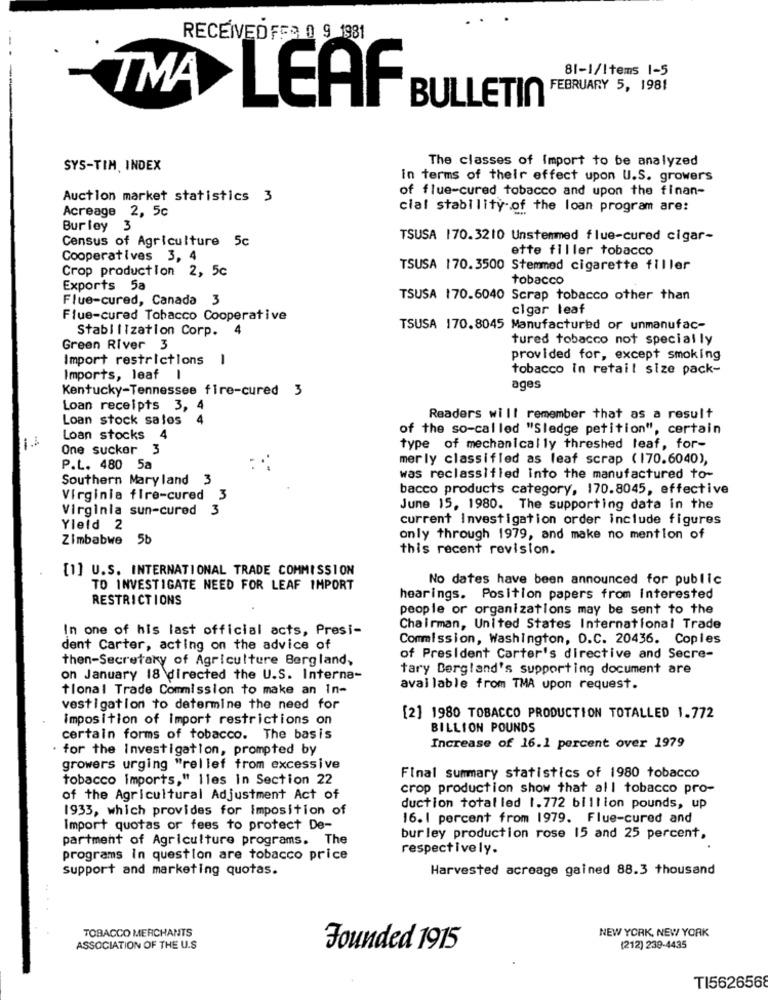
RECEIVED F53 0 9 1981
81-1/Items 1-5
BULLETIN FEBRUARY 5, 1981
TMA LEAF
The classes of Import to be analyzed
SYS-TIM, INDEX
in terms of their effect upon U.S. growers
of flue-cured tobacco and upon the finan-
Auction market statistics 3
cial stability of the loan program are:
Acreage 2, 5c
Burley 3
Census of Agriculture 5c
TSUSA 170.3210 Unstemmed flue-cured cigar-
ette filler tobacco
Cooperatives 3, 4
Crop production 2, 5c
TSUSA 170.3500 Stemmed cigarette filler
tobacco
Exports 5a
Flue-cured, Canada 3
TSUSA 170.6040 Scrap tobacco other than
cigar leaf
Flue-cured Tobacco Cooperative
StabilIzation Corp.
4
TSUSA 170.8045 Manufactured or unmanufac-
tured tobacco not specially
Green River 3
Import restrictions
1
provided for, except smoking
tobacco In retail size pack-
Imports, leaf
Kentucky-Tennessee fire-cured 3
ages
Loan receipts 3,
Loan stock sales
4
Readers will remember that as a result
of the so-called "Sledge petition", certain
Loan stocks
4
One sucker 3
type of mechanically threshed leaf, for-
merly classified as leaf scrap (170.6040),
P.L. 480 5a
Southern Maryland 3
was reclassified into the manufactured to-
bacco products category, 170.8045, effective
Virginia fire-cured 3
Virginia sun-cured 3
June 15, 1980. The supporting data in the
current Investigation order include figures
Yleid 2
Zimbabwe
50
only through 1979, and make no mention of
this recent revision.
[1] U.S. INTERNATIONAL TRADE COMMISSION
No dates have been announced for public
TO INVESTIGATE NEED FOR LEAF IMPORT
RESTRICTIONS
hearings. Position papers from interested
people or organizations may be sent to the
In one of his last official acts, Presi-
Chairman, United States International Trade
Commission, Washington, D.C. 20436. Copies
dent Carter, acting on the advice of
then-Secretary of Agriculture Bergland,
of President Carter's directive and Secre-
tary Bergland's supporting document are
on January 18 directed the U.S. Interna-
tional Trade Commission to make an In-
available from TMA upon request.
vestigation to determine the need for
imposition of Import restrictions on
[2] 1980 TOBACCO PRODUCTION TOTALLED 1.772
BILLION POUNDS
certain forms of tobacco. The basis
. for the Investigation, prompted by
Increase of 16.1 percent over 1979
growers urging "rellef from excessive
tobacco imports," lles in Section 22
Final summary statistics of 1980 tobacco
crop production show that all tobacco pro-
of the Agricultural Adjustment Act of
1933, which provides for imposition of
duction total led 1.772 billion pounds, up
16. 1 percent from 1979. Flue-cured and
Import quotas or fees to protect De-
partment of Agriculture programs. The
burley production rose 15 and 25 percent,
respectively.
programs in question are tobacco price
support and marketing quotas.
Harvested acreage gained 88.3 thousand
TOBACCO MERCHANTS
NEW YORK, NEW YORK
ASSOCIATION OF THE U.S
Founded 1915
(212) 230-4435
TI5626568